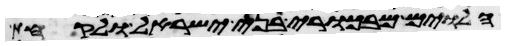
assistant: הלוים מבכורי בני ישראל ולקחת